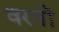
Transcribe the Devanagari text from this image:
वरगों